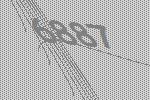
6887